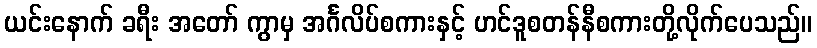
ယင်းနောက် ခရီး အတော် ကွာမှ အင်္ဂလိပ်စကားနှင့် ဟင်ဒူစတန်နီစကားတို့လိုက်ပေသည်။